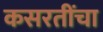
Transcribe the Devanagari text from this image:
कसरतींचा